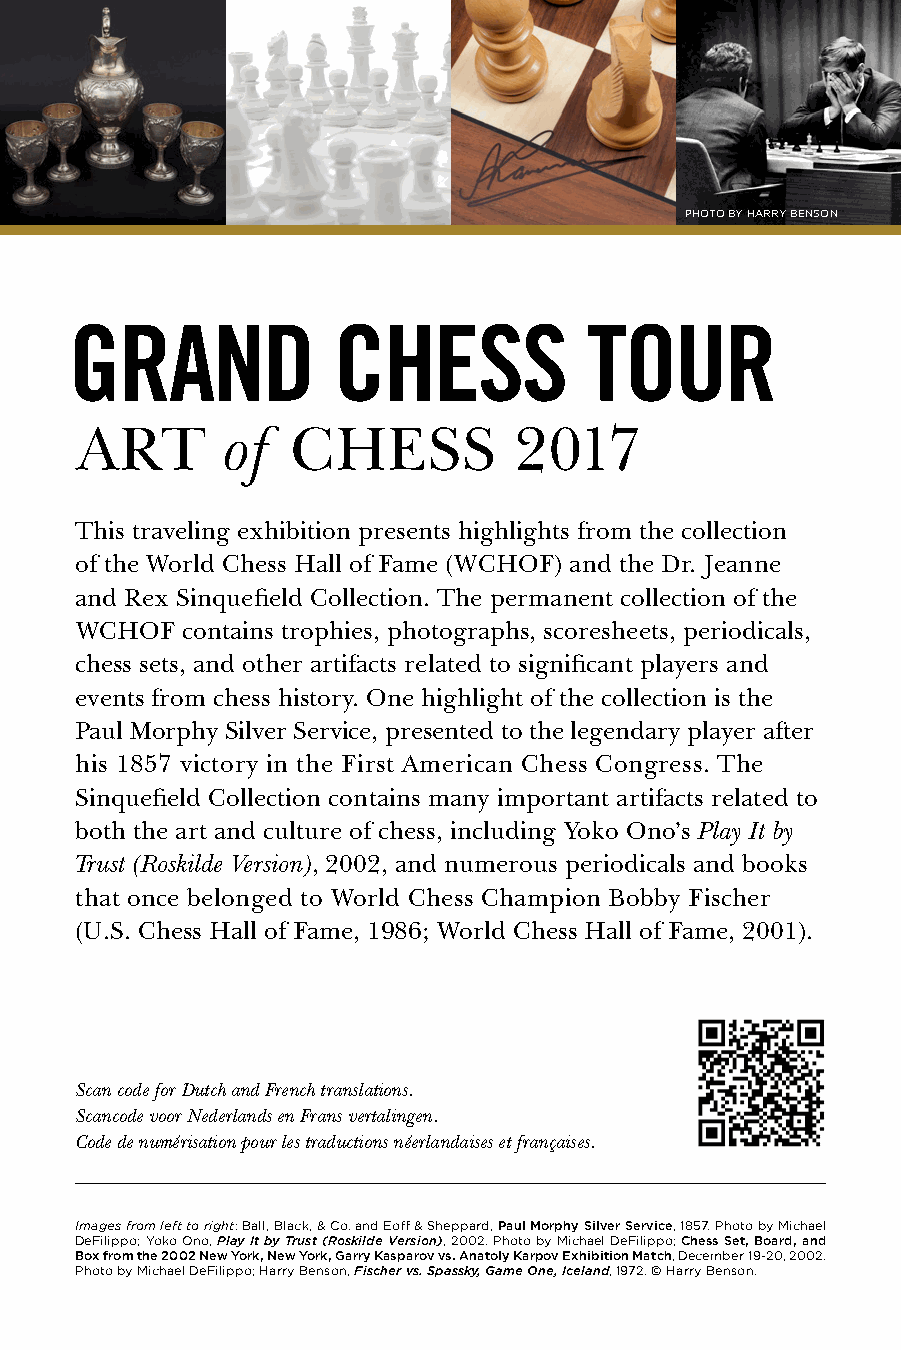
PHOTO BY HARRY BENSON
 This traveling exhibition presents highlights from the collection
 of the World Chess Hall of Fame (WCHOF) and the Dr. Jeanne
 and Rex Sinquefield Collection. The permanent collection of the
 WCHOF  contains trophies, photographs, scoresheets, periodicals,
 chess sets, and other artifacts related to significant players and
 events from chess history. One highlight of the collection is the
 Paul Morphy Silver Service, presented to the legendary player after
 his 1857 victory in the First American Chess Congress. The
 Sinquefield Collection contains many important artifacts related to
 both the art and culture of chess, including Yoko Ono’s Play It by
 Trust (Roskilde Version), 2002, and numerous periodicals and books
 that once belonged to World Chess Champion Bobby Fischer
 (U.S. Chess Hall of Fame, 1986; World Chess Hall of Fame, 2001).
 Scan code for Dutch and French translations.
 Scancode voor Nederlands en Frans vertalingen.
 Code de numérisation pour les traductions néerlandaises et françaises.
 Images from left to right: Ball, Black, & Co. and Eoff & Sheppard, Paul Morphy Silver Service, 1857. Photo by Michael
 DeFilippo; Yoko Ono, Play It by Trust (Roskilde Version), 2002. Photo by Michael DeFilippo; Chess Set, Board, and
 Box from the 2002 New York, New York, Garry Kasparov vs. Anatoly Karpov Exhibition Match, December 19-20, 2002.
 Photo by Michael DeFilippo; Harry Benson, Fischer vs. Spassky, Game One, Iceland, 1972. © Harry Benson.